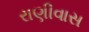
રાણીવાસ